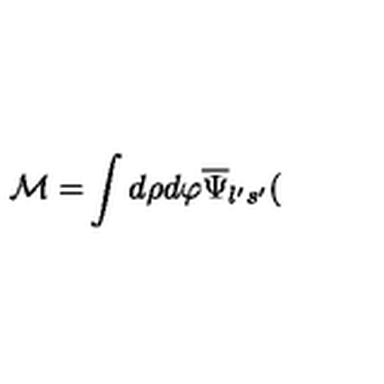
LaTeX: \mathcal { M = } \int d \rho d \varphi \overline { { \Psi } } _ { l ^ { \prime } s ^ { \prime } } (